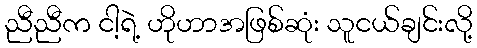
ညီညီက ငါ့ရဲ့ ဟိုဟာအဖြစ်ဆုံး သူငယ်ချင်းလို့